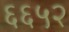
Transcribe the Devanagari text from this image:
६६५२